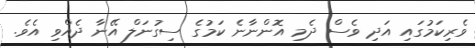
ވެރިކަމުގައި އަދި ވެސް ދެމި އޮންނާނެ ކަމުގެ ސިގުނަލް އޭނާ ދެއްވި އެވެ.